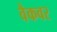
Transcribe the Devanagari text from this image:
वैकवर